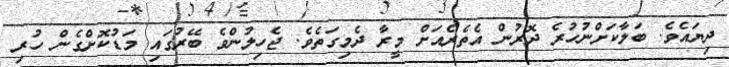
ދިޔައެވެ. ބަލާކަށްނުހުރެ ދޮރުން އެތެރެއަށް މީރާ ދެމިގަތެވެ. ޖެހިލުންވެ ބޭރުގައި މަޑުކޮށްގެން ހުރި